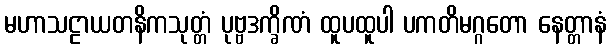
မဟာသဠာယတနိကသုတ္တံ ပုဗ္ဗဒက္ခိဏံ ထူပထူပါ ပကတိမဂ္ဂတော နေတ္တာနံ